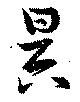
昃